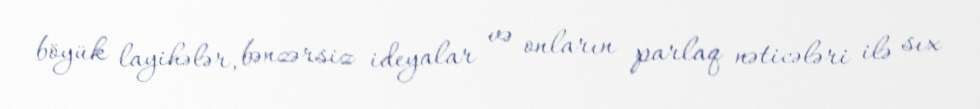
böyük layihələr, bənzərsiz ideyalar və onların parlaq nəticələri ilə sıx